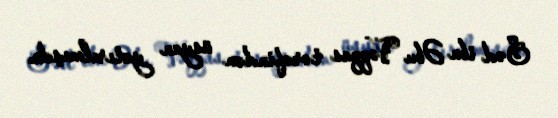
Səd ibn Əbu Vəqqas tərəfindən üsyan yatırılmışdı.